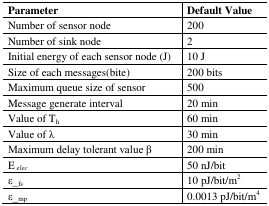
<table><thead><tr><td><b>Parameter</b></td><td><b>Default Value</b></td></tr></thead><tbody><tr><td>Number of sensor node</td><td>200</td></tr><tr><td>Number of sink node</td><td>2</td></tr><tr><td>Initial energy of each sensor node (J)</td><td>10 J</td></tr><tr><td>Size of each messages(bite)</td><td>200 bits</td></tr><tr><td>Maximum queue size of sensor</td><td>500</td></tr><tr><td>Message generate interval</td><td>20 min</td></tr><tr><td>Value of T<sub>h</sub></td><td>60 min</td></tr><tr><td>Value of λ</td><td>30 min</td></tr><tr><td>Maximum delay tolerant value β</td><td>200 min</td></tr><tr><td>E <i><sub>elec</sub></i></td><td>50 nJ/bit</td></tr><tr><td>ɛ_<sub>fs</sub></td><td>10 pJ/bit/m<sup>2</sup></td></tr><tr><td>ɛ_<sub>mp</sub></td><td>0.0013 pJ/bit/m<sup>4</sup></td></tr></tbody></table>